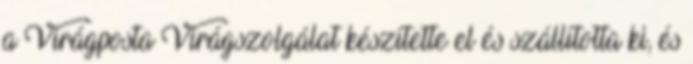
a Virágposta Virágszolgálat készítette el és szállította ki, és